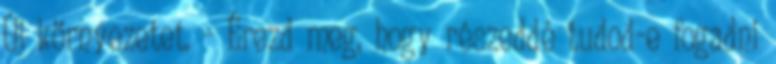
Új környezetet. - Érezd meg, hogy részeddé tudod-e fogadni